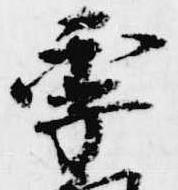
季